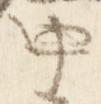
中